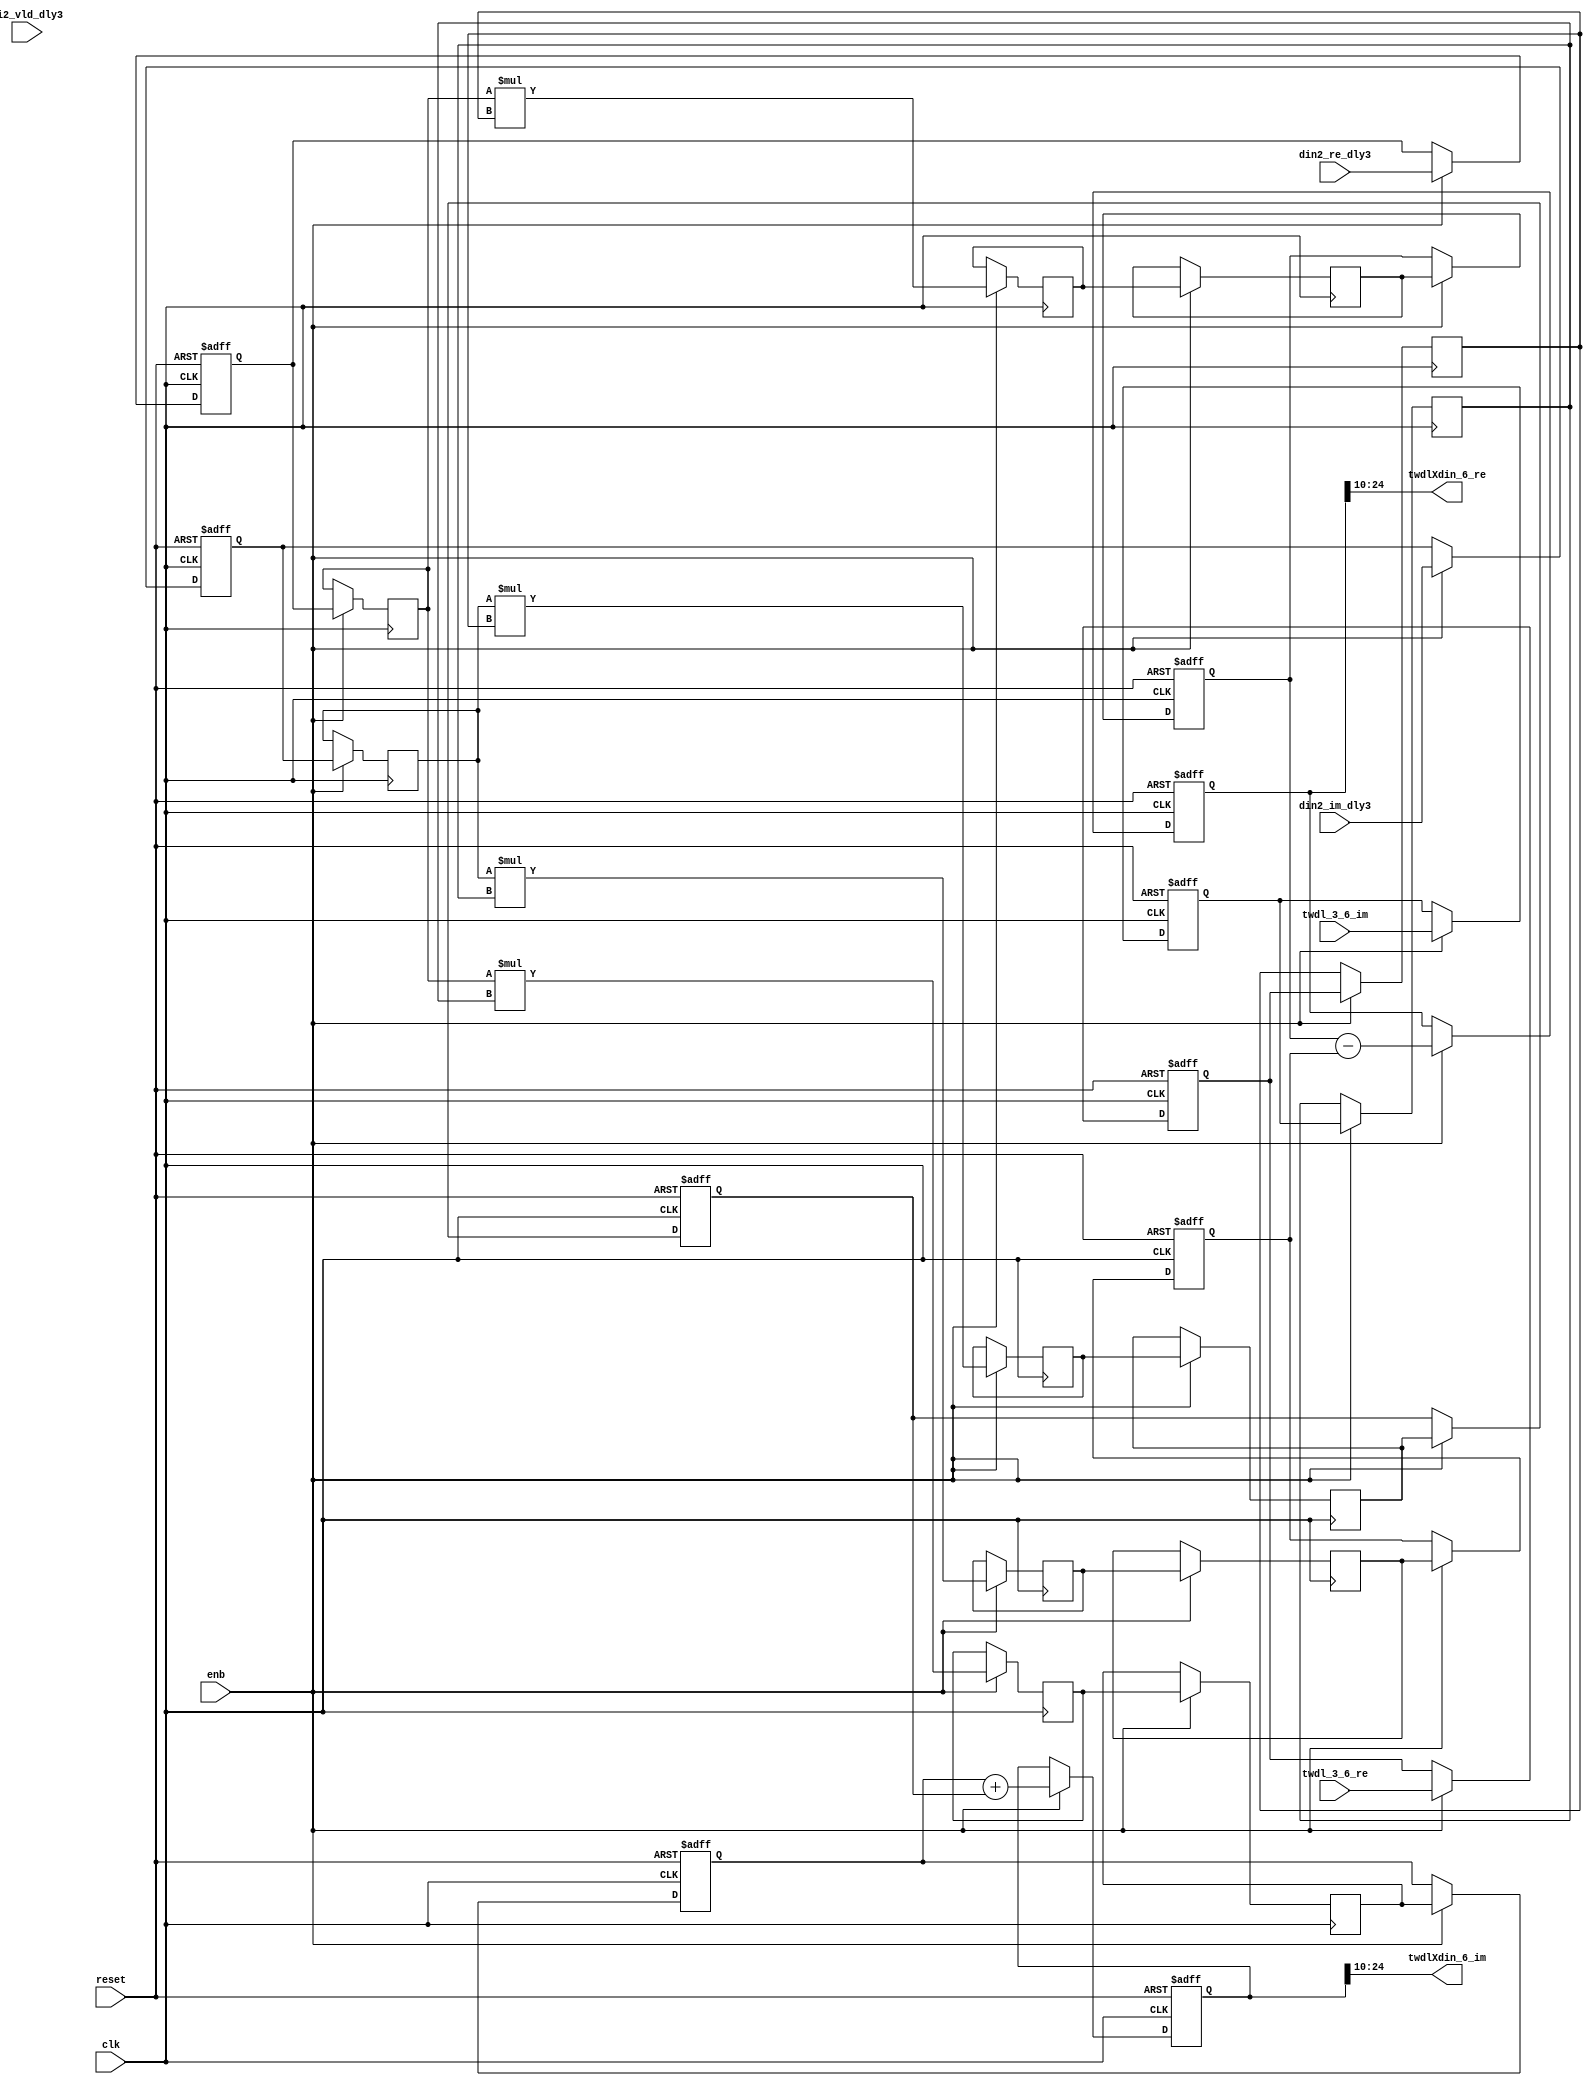
// -------------------------------------------------------------
// 
// 
// Generated by MATLAB 9.14 and HDL Coder 4.1
// 
// -------------------------------------------------------------


// -------------------------------------------------------------
// 
// Module: Complex4Multiply_block3
// Source Path: RSP/RSP/Velocity Processor/Doppler Processing/Doppler Processor/FFT/TWDLMULT_SDNF1_3/Complex4Multiply
// Hierarchy Level: 6
// 
// -------------------------------------------------------------

`timescale 1 ns / 1 ns

module Complex4Multiply_block3
          (clk,
           reset,
           enb,
           din2_re_dly3,
           din2_im_dly3,
           di2_vld_dly3,
           twdl_3_6_re,
           twdl_3_6_im,
           twdlXdin_6_re,
           twdlXdin_6_im);


  input   clk;
  input   reset;
  input   enb;
  input   signed [14:0] din2_re_dly3;  // sfix15_En10
  input   signed [14:0] din2_im_dly3;  // sfix15_En10
  input   di2_vld_dly3;
  input   signed [11:0] twdl_3_6_re;  // sfix12_En10
  input   signed [11:0] twdl_3_6_im;  // sfix12_En10
  output  signed [14:0] twdlXdin_6_re;  // sfix15_En10
  output  signed [14:0] twdlXdin_6_im;  // sfix15_En10


  reg signed [14:0] din_re_reg;  // sfix15_En10
  reg signed [14:0] din_im_reg;  // sfix15_En10
  reg signed [11:0] twdl_re_reg;  // sfix12_En10
  reg signed [11:0] twdl_im_reg;  // sfix12_En10
  reg signed [14:0] Complex4Multiply_din1_re_pipe1;  // sfix15
  reg signed [14:0] Complex4Multiply_din1_im_pipe1;  // sfix15
  reg signed [26:0] Complex4Multiply_mult1_re_pipe1;  // sfix27
  reg signed [26:0] Complex4Multiply_mult2_re_pipe1;  // sfix27
  reg signed [26:0] Complex4Multiply_mult1_im_pipe1;  // sfix27
  reg signed [26:0] Complex4Multiply_mult2_im_pipe1;  // sfix27
  reg signed [11:0] Complex4Multiply_twiddle_re_pipe1;  // sfix12
  reg signed [11:0] Complex4Multiply_twiddle_im_pipe1;  // sfix12
  reg signed [26:0] prod1_re;  // sfix27_En20
  reg signed [26:0] prod1_im;  // sfix27_En20
  reg signed [26:0] prod2_re;  // sfix27_En20
  reg signed [26:0] prod2_im;  // sfix27_En20
  reg  din_vld_dly1;
  reg  din_vld_dly2;
  reg  din_vld_dly3;
  reg  prod_vld;
  reg signed [27:0] Complex4Add_multRes_re_reg;  // sfix28
  reg signed [27:0] Complex4Add_multRes_im_reg;  // sfix28
  reg  Complex4Add_prod_vld_reg1;
  reg signed [26:0] Complex4Add_prod1_re_reg;  // sfix27
  reg signed [26:0] Complex4Add_prod1_im_reg;  // sfix27
  reg signed [26:0] Complex4Add_prod2_re_reg;  // sfix27
  reg signed [26:0] Complex4Add_prod2_im_reg;  // sfix27
  wire signed [27:0] Complex4Add_multRes_re_reg_next;  // sfix28_En20
  wire signed [27:0] Complex4Add_multRes_im_reg_next;  // sfix28_En20
  wire signed [27:0] Complex4Add_sub_cast;  // sfix28_En20
  wire signed [27:0] Complex4Add_sub_cast_1;  // sfix28_En20
  wire signed [27:0] Complex4Add_add_cast;  // sfix28_En20
  wire signed [27:0] Complex4Add_add_cast_1;  // sfix28_En20
  wire signed [27:0] mulResFP_re;  // sfix28_En20
  wire signed [27:0] mulResFP_im;  // sfix28_En20
  reg  twdlXdin2_vld;

  initial begin
    Complex4Multiply_din1_re_pipe1 = 15'sb000000000000000;
    Complex4Multiply_din1_im_pipe1 = 15'sb000000000000000;
    Complex4Multiply_twiddle_re_pipe1 = 12'sb000000000000;
    Complex4Multiply_twiddle_im_pipe1 = 12'sb000000000000;
    Complex4Multiply_mult1_re_pipe1 = 27'sb000000000000000000000000000;
    Complex4Multiply_mult2_re_pipe1 = 27'sb000000000000000000000000000;
    Complex4Multiply_mult1_im_pipe1 = 27'sb000000000000000000000000000;
    Complex4Multiply_mult2_im_pipe1 = 27'sb000000000000000000000000000;
    prod1_re = 27'sb000000000000000000000000000;
    prod2_re = 27'sb000000000000000000000000000;
    prod1_im = 27'sb000000000000000000000000000;
    prod2_im = 27'sb000000000000000000000000000;
  end

  always @(posedge clk or posedge reset)
    begin : intdelay_process
      if (reset == 1'b1) begin
        din_re_reg <= 15'sb000000000000000;
      end
      else begin
        if (enb) begin
          din_re_reg <= din2_re_dly3;
        end
      end
    end



  always @(posedge clk or posedge reset)
    begin : intdelay_1_process
      if (reset == 1'b1) begin
        din_im_reg <= 15'sb000000000000000;
      end
      else begin
        if (enb) begin
          din_im_reg <= din2_im_dly3;
        end
      end
    end



  always @(posedge clk or posedge reset)
    begin : intdelay_2_process
      if (reset == 1'b1) begin
        twdl_re_reg <= 12'sb000000000000;
      end
      else begin
        if (enb) begin
          twdl_re_reg <= twdl_3_6_re;
        end
      end
    end



  always @(posedge clk or posedge reset)
    begin : intdelay_3_process
      if (reset == 1'b1) begin
        twdl_im_reg <= 12'sb000000000000;
      end
      else begin
        if (enb) begin
          twdl_im_reg <= twdl_3_6_im;
        end
      end
    end



  // Complex4Multiply
  always @(posedge clk)
    begin : Complex4Multiply_process
      if (enb) begin
        prod1_re <= Complex4Multiply_mult1_re_pipe1;
        prod2_re <= Complex4Multiply_mult2_re_pipe1;
        prod1_im <= Complex4Multiply_mult1_im_pipe1;
        prod2_im <= Complex4Multiply_mult2_im_pipe1;
        Complex4Multiply_mult1_re_pipe1 <= Complex4Multiply_din1_re_pipe1 * Complex4Multiply_twiddle_re_pipe1;
        Complex4Multiply_mult2_re_pipe1 <= Complex4Multiply_din1_im_pipe1 * Complex4Multiply_twiddle_im_pipe1;
        Complex4Multiply_mult1_im_pipe1 <= Complex4Multiply_din1_re_pipe1 * Complex4Multiply_twiddle_im_pipe1;
        Complex4Multiply_mult2_im_pipe1 <= Complex4Multiply_din1_im_pipe1 * Complex4Multiply_twiddle_re_pipe1;
        Complex4Multiply_twiddle_re_pipe1 <= twdl_re_reg;
        Complex4Multiply_twiddle_im_pipe1 <= twdl_im_reg;
        Complex4Multiply_din1_re_pipe1 <= din_re_reg;
        Complex4Multiply_din1_im_pipe1 <= din_im_reg;
      end
    end



  always @(posedge clk or posedge reset)
    begin : intdelay_4_process
      if (reset == 1'b1) begin
        din_vld_dly1 <= 1'b0;
      end
      else begin
        if (enb) begin
          din_vld_dly1 <= di2_vld_dly3;
        end
      end
    end



  always @(posedge clk or posedge reset)
    begin : intdelay_5_process
      if (reset == 1'b1) begin
        din_vld_dly2 <= 1'b0;
      end
      else begin
        if (enb) begin
          din_vld_dly2 <= din_vld_dly1;
        end
      end
    end



  always @(posedge clk or posedge reset)
    begin : intdelay_6_process
      if (reset == 1'b1) begin
        din_vld_dly3 <= 1'b0;
      end
      else begin
        if (enb) begin
          din_vld_dly3 <= din_vld_dly2;
        end
      end
    end



  always @(posedge clk or posedge reset)
    begin : intdelay_7_process
      if (reset == 1'b1) begin
        prod_vld <= 1'b0;
      end
      else begin
        if (enb) begin
          prod_vld <= din_vld_dly3;
        end
      end
    end



  // Complex4Add
  always @(posedge clk or posedge reset)
    begin : Complex4Add_process
      if (reset == 1'b1) begin
        Complex4Add_multRes_re_reg <= 28'sb0000000000000000000000000000;
        Complex4Add_multRes_im_reg <= 28'sb0000000000000000000000000000;
        Complex4Add_prod1_re_reg <= 27'sb000000000000000000000000000;
        Complex4Add_prod1_im_reg <= 27'sb000000000000000000000000000;
        Complex4Add_prod2_re_reg <= 27'sb000000000000000000000000000;
        Complex4Add_prod2_im_reg <= 27'sb000000000000000000000000000;
        Complex4Add_prod_vld_reg1 <= 1'b0;
        twdlXdin2_vld <= 1'b0;
      end
      else begin
        if (enb) begin
          Complex4Add_multRes_re_reg <= Complex4Add_multRes_re_reg_next;
          Complex4Add_multRes_im_reg <= Complex4Add_multRes_im_reg_next;
          Complex4Add_prod1_re_reg <= prod1_re;
          Complex4Add_prod1_im_reg <= prod1_im;
          Complex4Add_prod2_re_reg <= prod2_re;
          Complex4Add_prod2_im_reg <= prod2_im;
          twdlXdin2_vld <= Complex4Add_prod_vld_reg1;
          Complex4Add_prod_vld_reg1 <= prod_vld;
        end
      end
    end

  assign Complex4Add_sub_cast = {Complex4Add_prod1_re_reg[26], Complex4Add_prod1_re_reg};
  assign Complex4Add_sub_cast_1 = {Complex4Add_prod2_re_reg[26], Complex4Add_prod2_re_reg};
  assign Complex4Add_multRes_re_reg_next = Complex4Add_sub_cast - Complex4Add_sub_cast_1;
  assign Complex4Add_add_cast = {Complex4Add_prod1_im_reg[26], Complex4Add_prod1_im_reg};
  assign Complex4Add_add_cast_1 = {Complex4Add_prod2_im_reg[26], Complex4Add_prod2_im_reg};
  assign Complex4Add_multRes_im_reg_next = Complex4Add_add_cast + Complex4Add_add_cast_1;
  assign mulResFP_re = Complex4Add_multRes_re_reg;
  assign mulResFP_im = Complex4Add_multRes_im_reg;



  assign twdlXdin_6_re = mulResFP_re[24:10];



  assign twdlXdin_6_im = mulResFP_im[24:10];



endmodule  // Complex4Multiply_block3